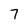
Character: 7